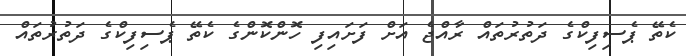
ކެތޭ ޕެސިފިކްގެ ދަތުރުތައް ރާއްޖެ އަށް ފަށައިފި ހޮންކޮންގެ ކެތޭ ޕެސިފިކްގެ ދަތުރުތައް